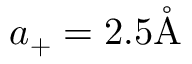
a _ { + } = 2 . 5 \mathring \mathrm { A }